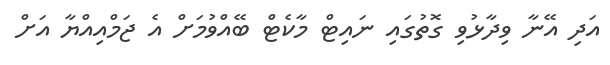
އަދި އޭނާ ވިދާޅުވި ގޮތުގައި ނައިޓް މާކެޓް ބޭއްވުމަށް އެ ޖަމްއިއްޔާ އަށް